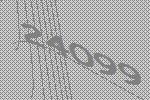
24099